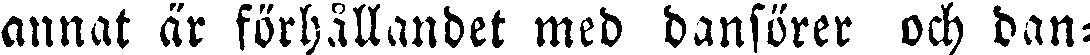
annat är förhållandet med dansörer och dan-